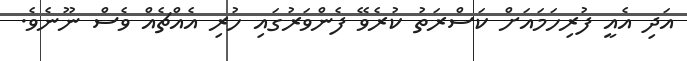
އަދި އެއީ ފުރިހަމައަށް ކަސްރަތު ކުރެވޭ ފެންވަރުގައި ހުރި އެއްޗެއް ވެސް ނޫނެވެ.